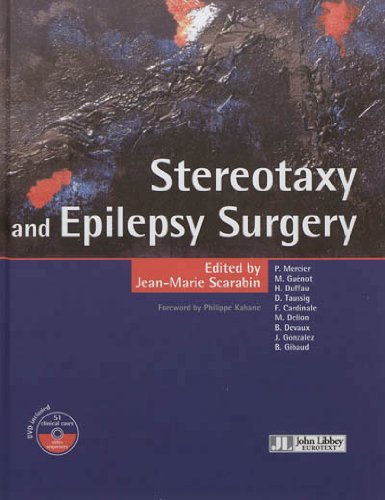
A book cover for Stereotaxy and Epilepsy Surgery - With videos (English and French Edition); Co-ordinated by Jean-Marie Scarabin; Health, Fitness & Dieting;